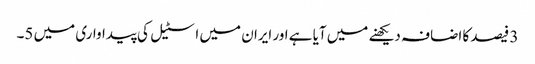
3 فیصد کا اضافہ دیکھنے میں آیا ہے اور ایران میں اسٹیل کی پیداواری میں 5۔